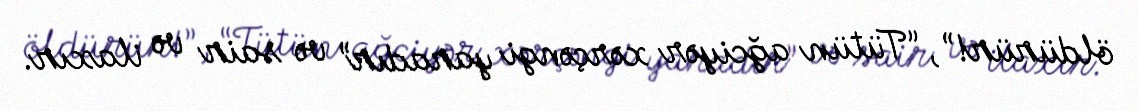
öldürür!”, “Tütün ağciyər xərçəngi yaradır” və sair və ilaxır.